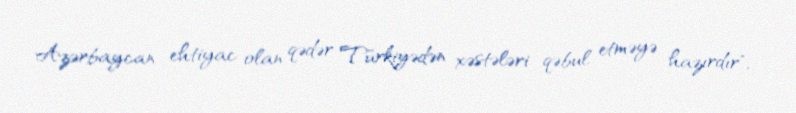
Azərbaycan ehtiyac olan qədər Türkiyədən xəstələri qəbul etməyə hazırdır", -